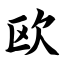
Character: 欧